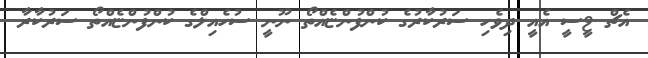
އެޗް ޱީސީ އެއީ ދިވެހި ސަރުކާރުގެ ކުންފުންޏެއްތޯ ނޫނީ ސުހެއިލްގެ ކުންފުންޏެއްތޯ ސަރުކާރާ